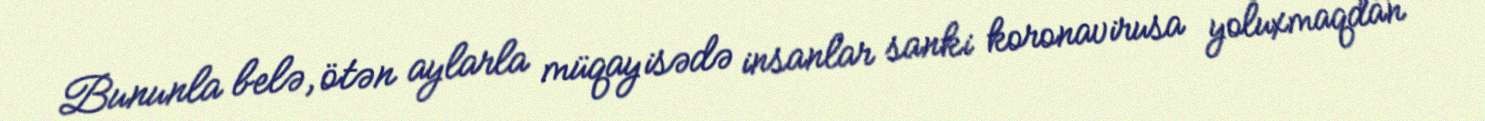
Bununla belə, ötən aylarla müqayisədə insanlar sanki koronavirusa yoluxmaqdan